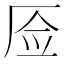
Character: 𰆚